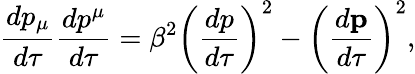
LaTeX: {\frac{dp_{\mu}}{d\tau}}{\frac{dp^{\mu}}{d\tau}}=\beta^{2}\left({\frac{dp}{d\tau}}\right)^{2}-\left({\frac{d{\mathbf{p}}}{d\tau}}\right)^{2},